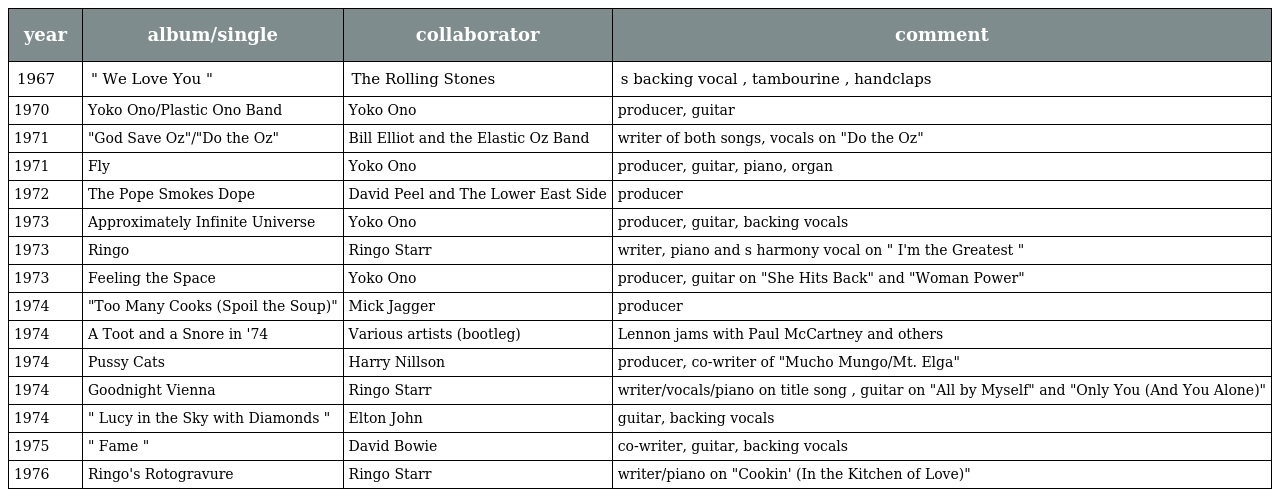
| year | album/single | collaborator | comment |
 | --- | --- | --- | --- |
 | 1967 | " We Love You " | The Rolling Stones | s backing vocal , tambourine , handclaps |
 | 1970 | Yoko Ono/Plastic Ono Band | Yoko Ono | producer, guitar |
 | 1971 | "God Save Oz"/"Do the Oz" | Bill Elliot and the Elastic Oz Band | writer of both songs, vocals on "Do the Oz" |
 | 1971 | Fly | Yoko Ono | producer, guitar, piano, organ |
 | 1972 | The Pope Smokes Dope | David Peel and The Lower East Side | producer |
 | 1973 | Approximately Infinite Universe | Yoko Ono | producer, guitar, backing vocals |
 | 1973 | Ringo | Ringo Starr | writer, piano and s harmony vocal on " I'm the Greatest " |
 | 1973 | Feeling the Space | Yoko Ono | producer, guitar on "She Hits Back" and "Woman Power" |
 | 1974 | "Too Many Cooks (Spoil the Soup)" | Mick Jagger | producer |
 | 1974 | A Toot and a Snore in '74 | Various artists (bootleg) | Lennon jams with Paul McCartney and others |
 | 1974 | Pussy Cats | Harry Nillson | producer, co-writer of "Mucho Mungo/Mt. Elga" |
 | 1974 | Goodnight Vienna | Ringo Starr | writer/vocals/piano on title song , guitar on "All by Myself" and "Only You (And You Alone)" |
 | 1974 | " Lucy in the Sky with Diamonds " | Elton John | guitar, backing vocals |
 | 1975 | " Fame " | David Bowie | co-writer, guitar, backing vocals |
 | 1976 | Ringo's Rotogravure | Ringo Starr | writer/piano on "Cookin' (In the Kitchen of Love)" |